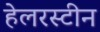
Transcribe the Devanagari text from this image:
हेलरस्टीन